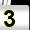
Digit: 3